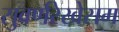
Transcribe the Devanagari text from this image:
सुवर्णरेखेसम